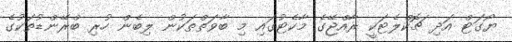
ޔޯގަޓް އަދި ޗޮކްލެޓަކީ ރާއްޖޭގެ މާކެޓުގައި މި ބާވަތްތަކުން ލިބެން ހުރި ބްރޭންޑުތަކުގެ